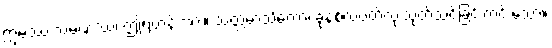
ဣမဿ သမဏဿ၊ ဤရဟန်းအား။ သတ္တမာသိကော၊ ခုနစ်လပတ်လုံးသုတ်သင်ခြင်းကင်းသော။